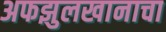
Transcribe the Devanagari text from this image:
अफझुलखानाचा